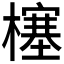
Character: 𰘷